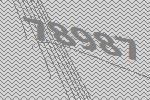
78987